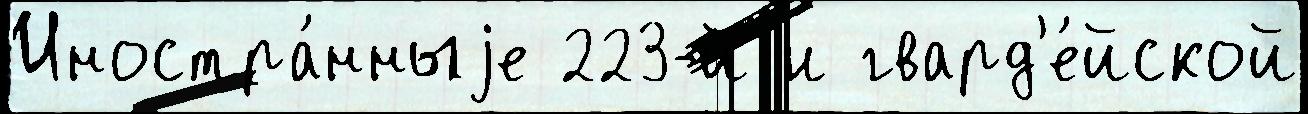
Иностра́нныjе 223-й и гвард'е́йской